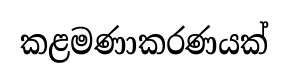
කළමණාකරණයක්